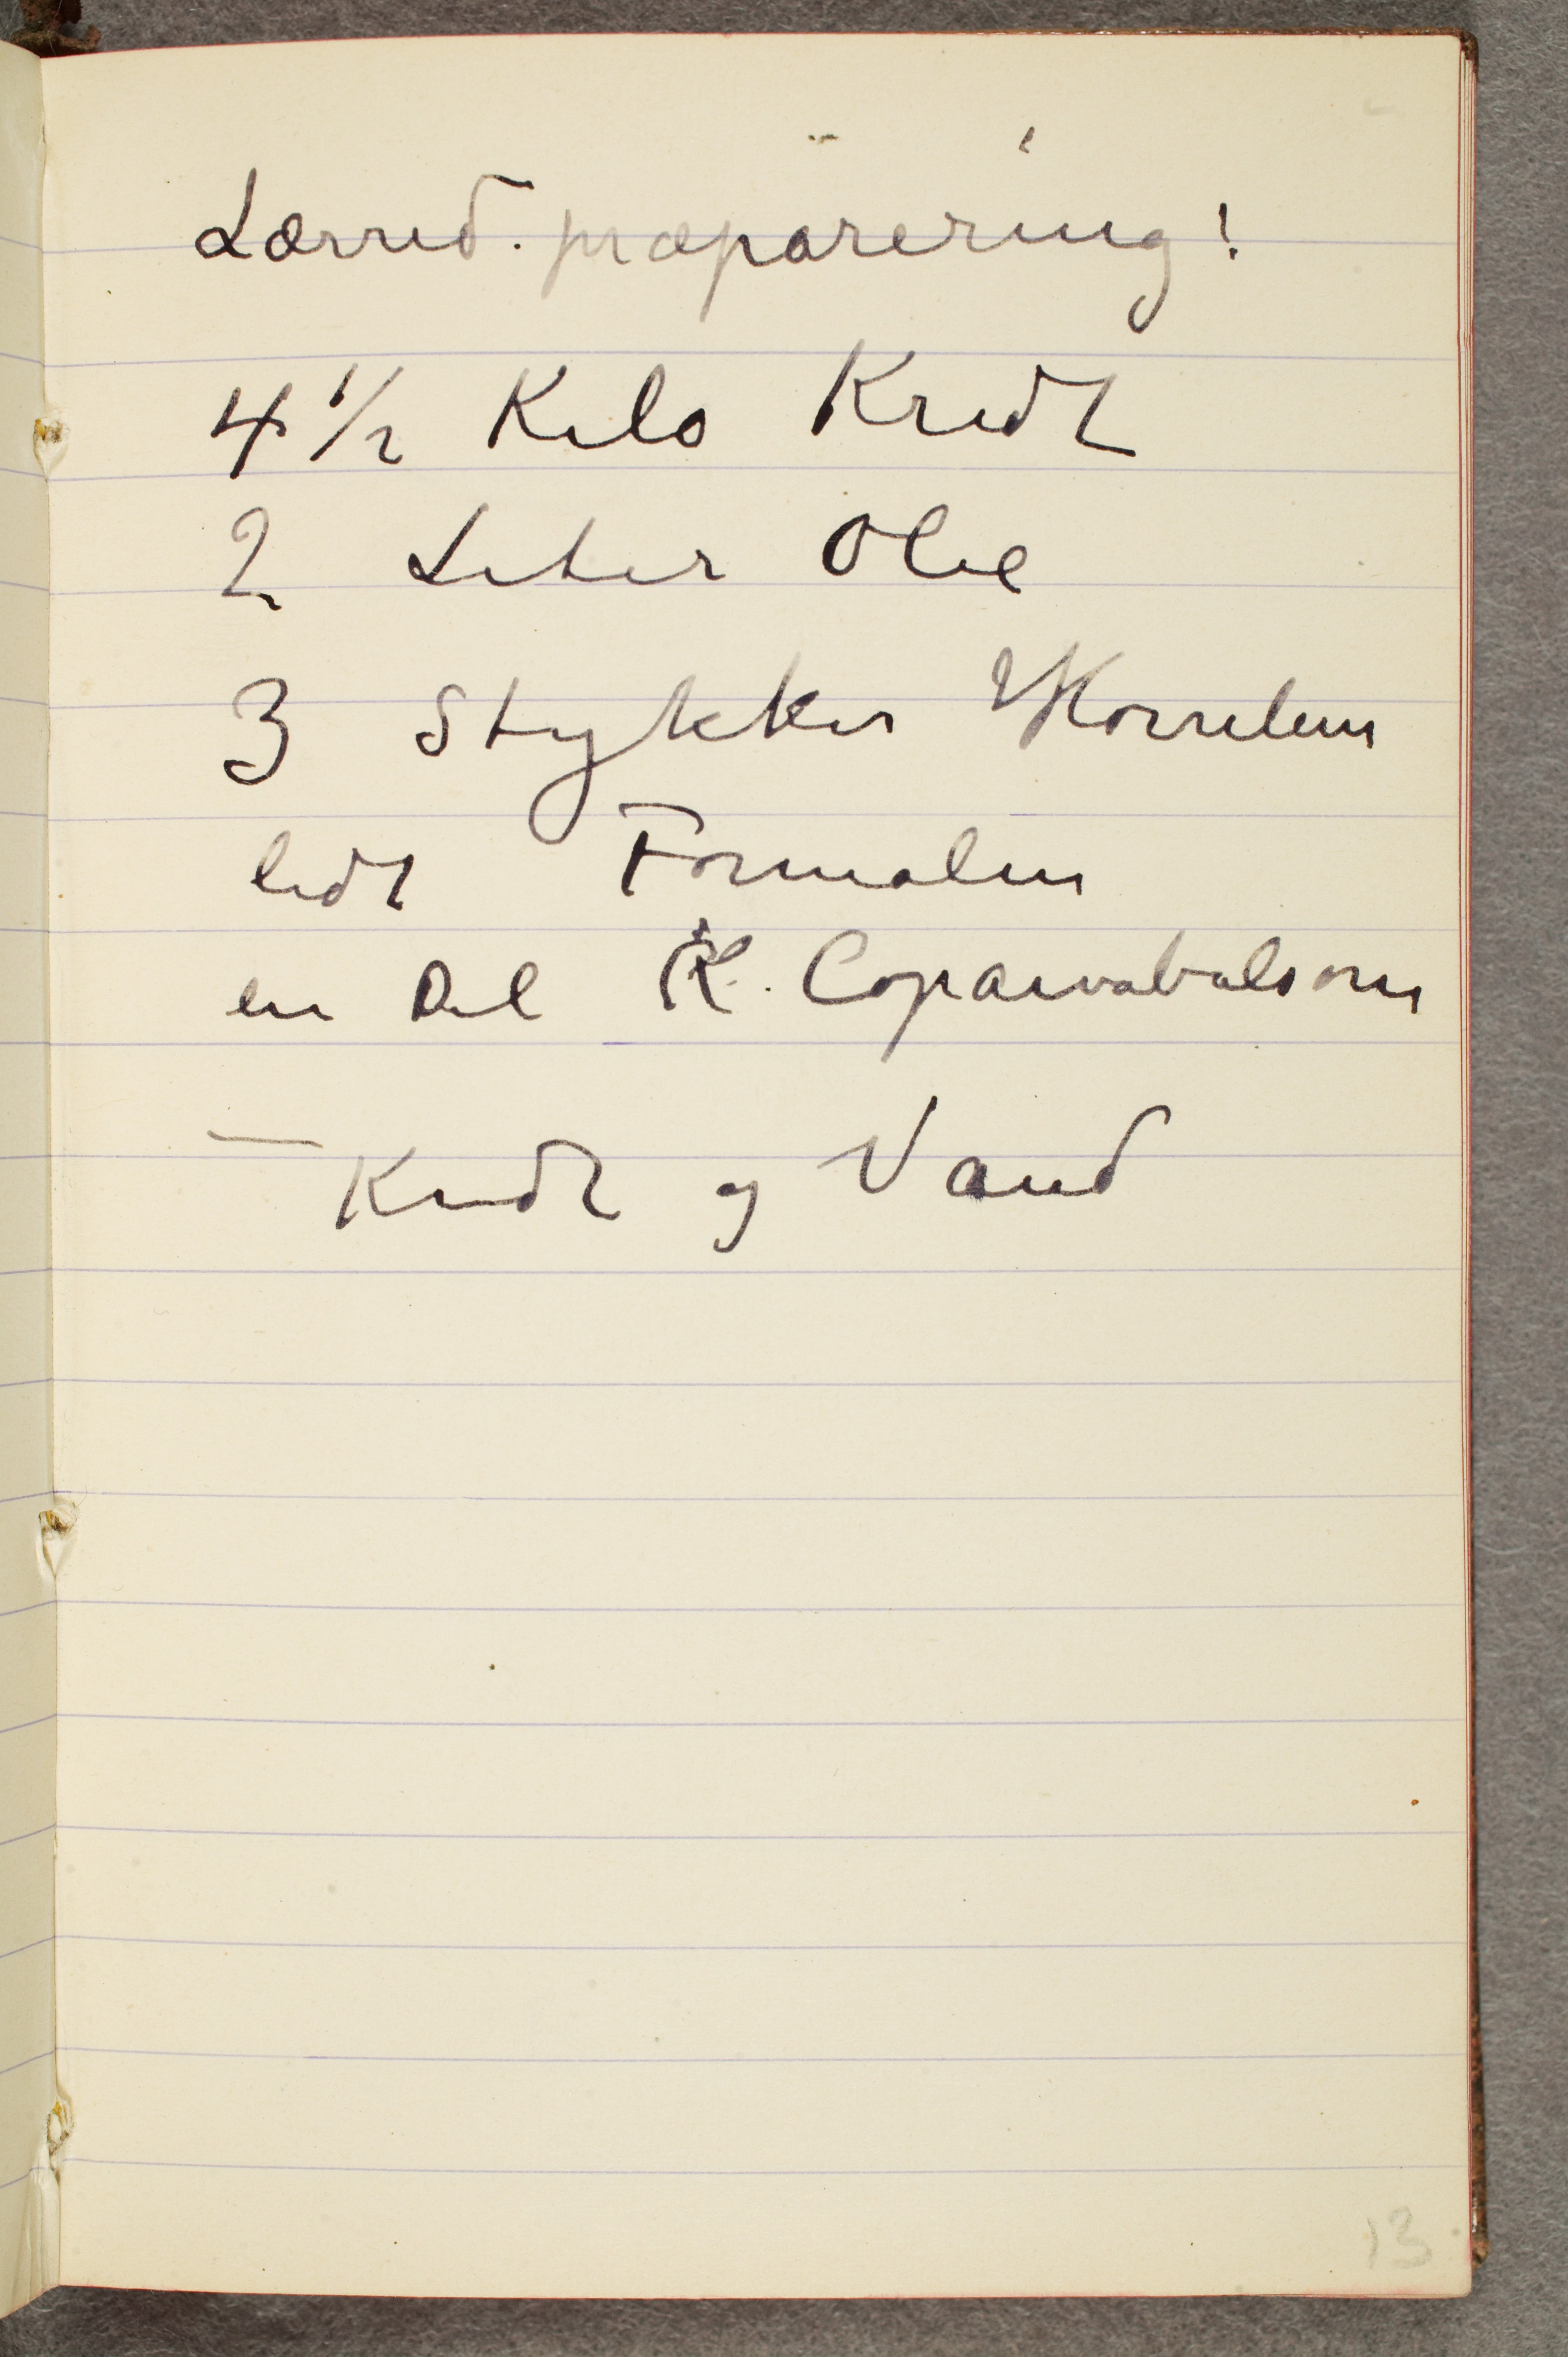
Lærred-præparering!
4 ½ Kilo Kridt
2 Liter Olie
3 Stykker Hornlim
lidt Formalin
en Del CK Copaivabalsam
– Kidt og Vand